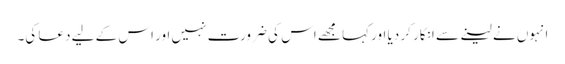
انہوں نے لینے سے انکار کر دیا اور کہا مجھے اس کی ضرورت نہیں اور اس کے لیے دعا کی۔